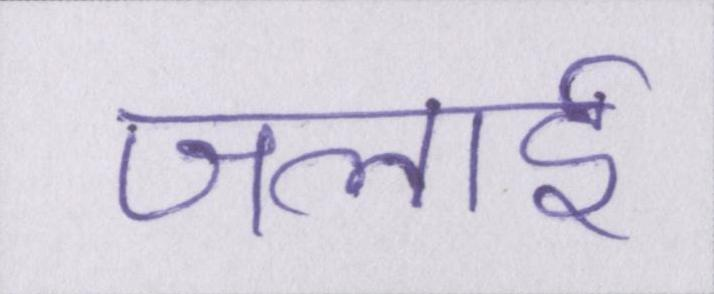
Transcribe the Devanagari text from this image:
जलाई